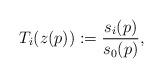
LaTeX: \begin{align*} T_i(z(p))&:=\frac{s_i(p)}{s_0(p)} ,\end{align*}